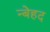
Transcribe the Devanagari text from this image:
न्बेहद